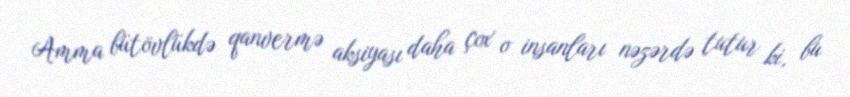
Amma bütövlükdə qanvermə aksiyası daha çox o insanları nəzərdə tutur ki, bu